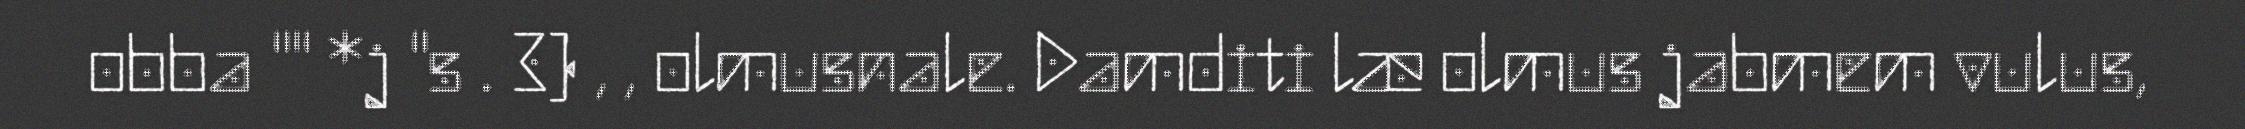
obba "" *j "s . 3) , , olmusnale. Damditi læ olmus jabmem vulus,